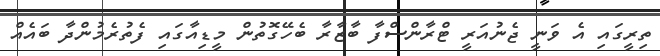
ތިރީގައި އެ ވަނީ ޖެނުއަރީ ޓްރާންސްފާ ބާޒާރާ ބެހޭގޮތުން މީޑިއާގައި ފެތުރެމުންދާ ބައެއް